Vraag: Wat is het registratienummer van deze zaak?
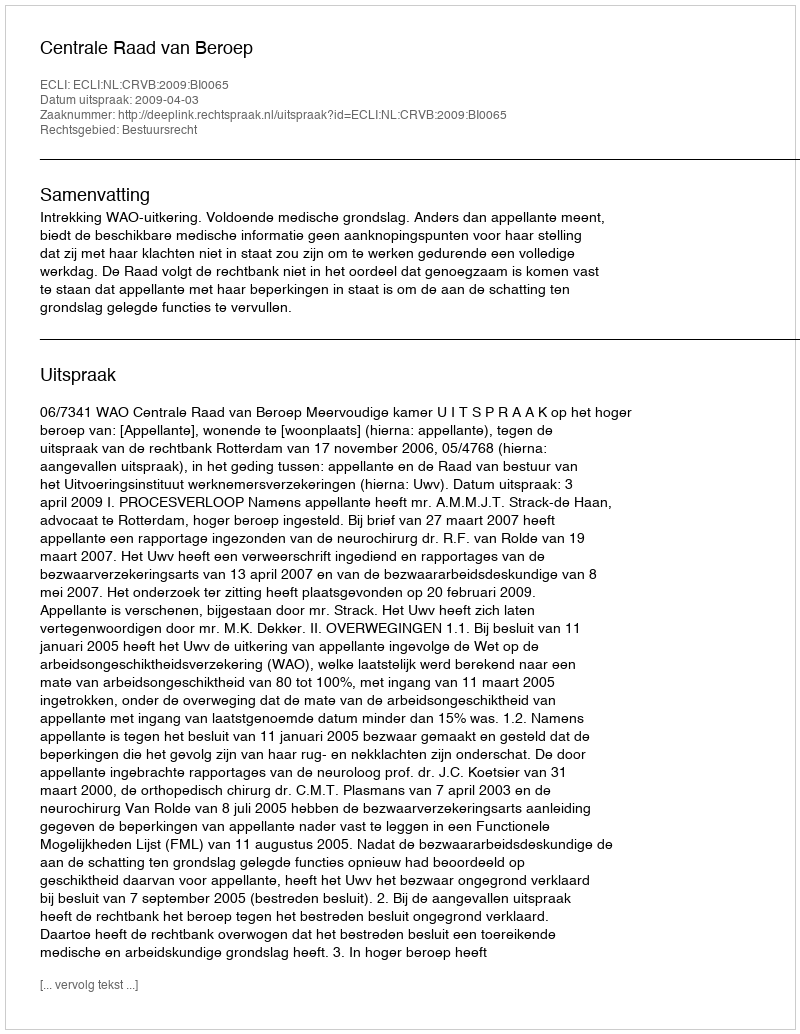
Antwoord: http://deeplink.rechtspraak.nl/uitspraak?id=ECLI:NL:CRVB:2009:BI0065